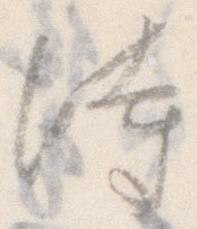
時